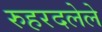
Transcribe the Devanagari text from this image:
रुहरदलेले